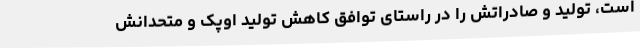
است، تولید و صادراتش را در راستای توافق کاهش تولید اوپک و متحدانش